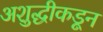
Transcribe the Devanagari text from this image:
अशुद्धीकडून